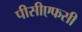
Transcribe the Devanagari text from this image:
पीसीएफसी